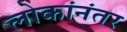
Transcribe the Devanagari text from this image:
लोकांनंतर